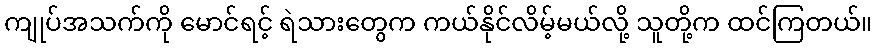
ကျုပ်အသက်ကို မောင်ရင့် ရဲသားတွေက ကယ်နိုင်လိမ့်မယ်လို့ သူတို့က ထင်ကြတယ်။